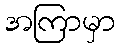
အကြာမှာ